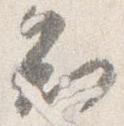
知